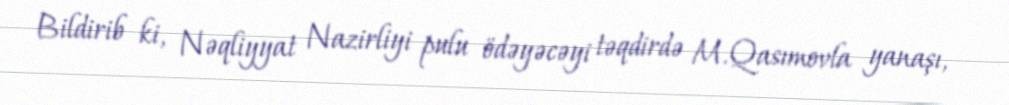
Bildirib ki, Nəqliyyat Nazirliyi pulu ödəyəcəyi təqdirdə M.Qasımovla yanaşı,